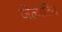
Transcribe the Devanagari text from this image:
जेलाटिन